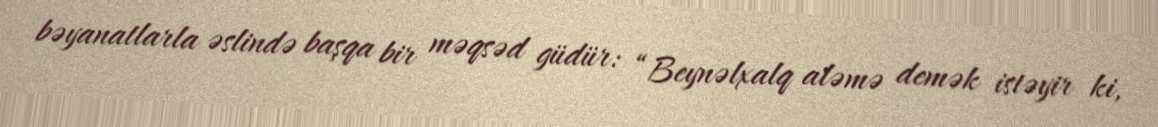
bəyanatlarla əslində başqa bir məqsəd güdür: “Beynəlxalq aləmə demək istəyir ki,